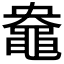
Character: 𪓛